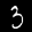
Label: 3